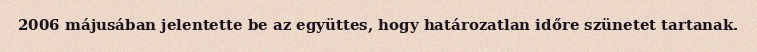
2006 májusában jelentette be az együttes, hogy határozatlan időre szünetet tartanak.